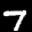
Label: 7